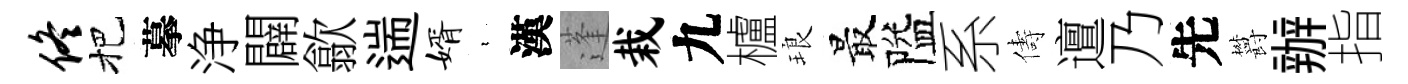
佟把摹浄闢歙遄婿裊漢蓬栽九櫨琅最隘系儔邅乃先欝辦指